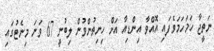
ނަތީޖާ ހަމަހަމަވެފައި އޮއްވާ އިންޑިއާ އަށް ހިނިތުންވުން ލިބުނީ 67 ވަނަ މިނެޓުގައި